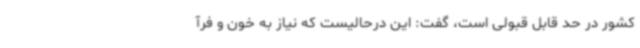
کشور در حد قابل قبولی است، گفت: این درحالیست که نیاز به خون و فرآ